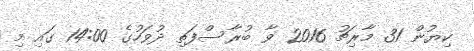
ކިޔުން 31 މާރިޗު 2016 ވާ ބުރާސްފަތި ދުވަހުގެ 14:00 ގައި މި